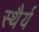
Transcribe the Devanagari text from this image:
स्‍थैर्य